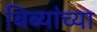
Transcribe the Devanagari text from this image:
बिब्यांच्या